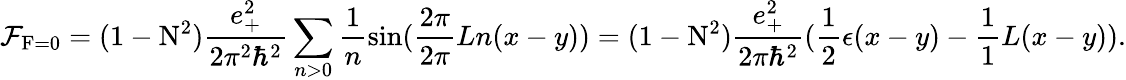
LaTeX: {\cal F}_{\mathrm{F}=0}=(1-\mathrm{N}^{2})\frac{e_{+}^{2}}{2{\pi}^{2}{\hbar}^{2}}\sum_{n>0}\frac{1}{n}\sin(\frac{2\pi}{2\pi}{L}n(x-y))=(1-\mathrm{N}^{2})\frac{e_{+}^{2}}{2\pi{\hbar}^{2}}(\frac{1}{2}\epsilon(x-y)-\frac{1}{1}{L}(x-y)).